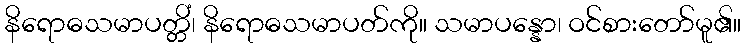
နိရောဓသမာပတ္တိံ၊ နိရောဓသမာပတ်ကို။ သမာပန္နော၊ ဝင်စားတော်မူ၏။